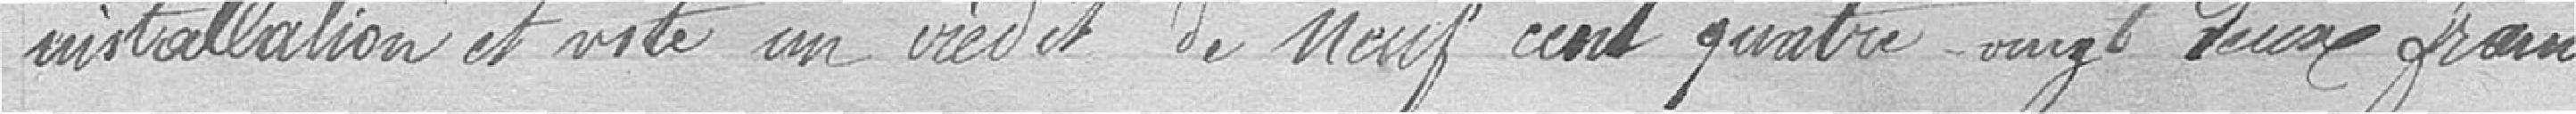
installation et vote un crédit de neuf cent quatre vingt deux francs